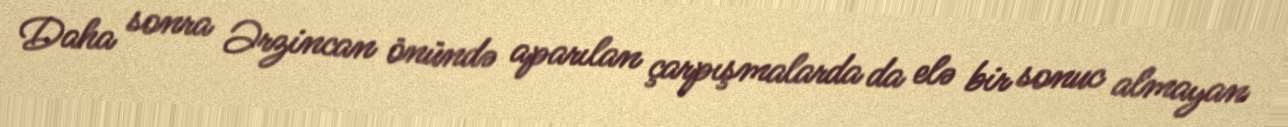
Daha sonra Ərzincan önündə aparılan çarpışmalarda da elə bir sonuc almayan